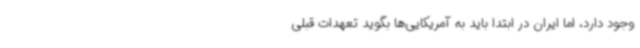
وجود دارد، اما ایران در ابتدا باید به آمریکایی‌ها بگوید تعهدات قبلی